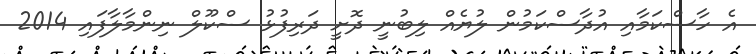
އެ ހާސްކަމާއި އުދާސްކަމުން ލުޔެއް ލިބުނީ ދޮށީ ދަރިފުޅު ސްކޫލް ނިންމާލާފައި 2014